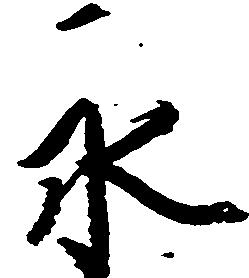
永